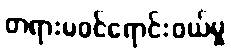
တရားမဝင်ရောင်းဝယ်မှု